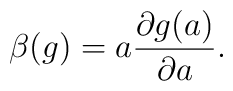
\beta(g)=a \frac{\partial g(a)}{\partial a}.